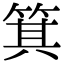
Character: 箕